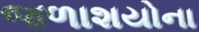
જળાશયોના